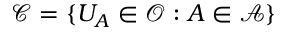
{ \mathcal { C } } = \{ U _ { A } \in { \mathcal { O } } : A \in { \mathcal { A } } \}